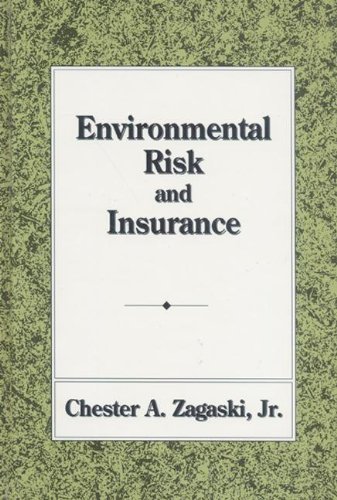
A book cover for Environmental Risk and Insurance; Chester A. Zagaski; Business & Money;